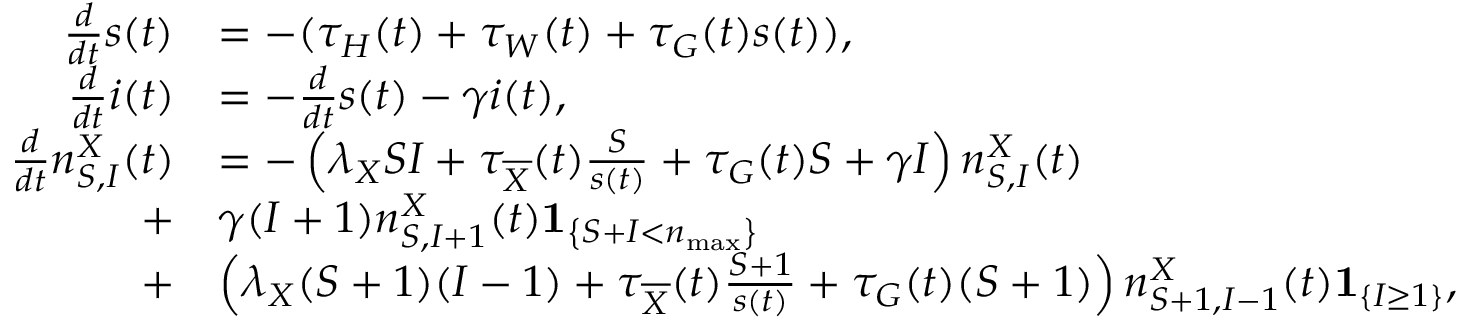
\begin{array} { r l } { \frac { d } { d t } s ( t ) } & { = - ( \tau _ { H } ( t ) + \tau _ { W } ( t ) + \tau _ { G } ( t ) s ( t ) ) , } \\ { \frac { d } { d t } i ( t ) } & { = - \frac { d } { d t } s ( t ) - \gamma i ( t ) , } \\ { \frac { d } { d t } n _ { S , I } ^ { X } ( t ) } & { = - \left( \lambda _ { X } S I + \tau _ { \overline { { X } } } ( t ) \frac { S } { s ( t ) } + \tau _ { G } ( t ) S + \gamma I \right) n _ { S , I } ^ { X } ( t ) } \\ { \; + } & { \gamma ( I + 1 ) n _ { S , I + 1 } ^ { X } ( t ) \mathbf { 1 } _ { \left\{ S + I < n _ { \operatorname* { m a x } } \right\} } } \\ { \; + } & { \left( \lambda _ { X } ( S + 1 ) ( I - 1 ) + \tau _ { \overline { { X } } } ( t ) \frac { S + 1 } { s ( t ) } + \tau _ { G } ( t ) ( S + 1 ) \right) n _ { S + 1 , I - 1 } ^ { X } ( t ) \mathbf { 1 } _ { \left\{ I \geq 1 \right\} } , } \end{array}